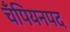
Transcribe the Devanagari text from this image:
चँपियनपद